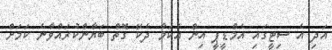
އަދި އެ ސިޓީގައި އެމްޑީޕީ އިން އެކަމާ ދެކޭ ގޮތް ބަޔާންކުރައްވާނެ ކަމަށް